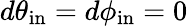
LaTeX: d\theta_{\mathrm{in}}=d\phi_{\mathrm{in}}=0